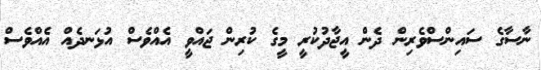
ނާސާގެ ސައިންސްވެރިން ދެން އީޖާދުކުރީ މީގެ ކުރިން ޖައްވީ އެއްވެސް އުޅަނދެއް އެއްވެސް